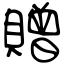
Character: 贈